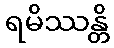
ရမိဿန္တိ